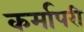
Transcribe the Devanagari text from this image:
कर्मापरी